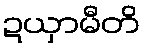
ဍယှာမီတိ